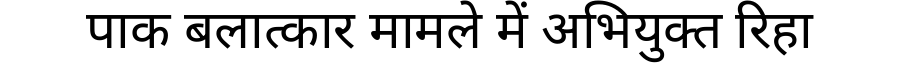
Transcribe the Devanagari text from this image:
पाक बलात्कार मामले में अभियुक्त रिहा